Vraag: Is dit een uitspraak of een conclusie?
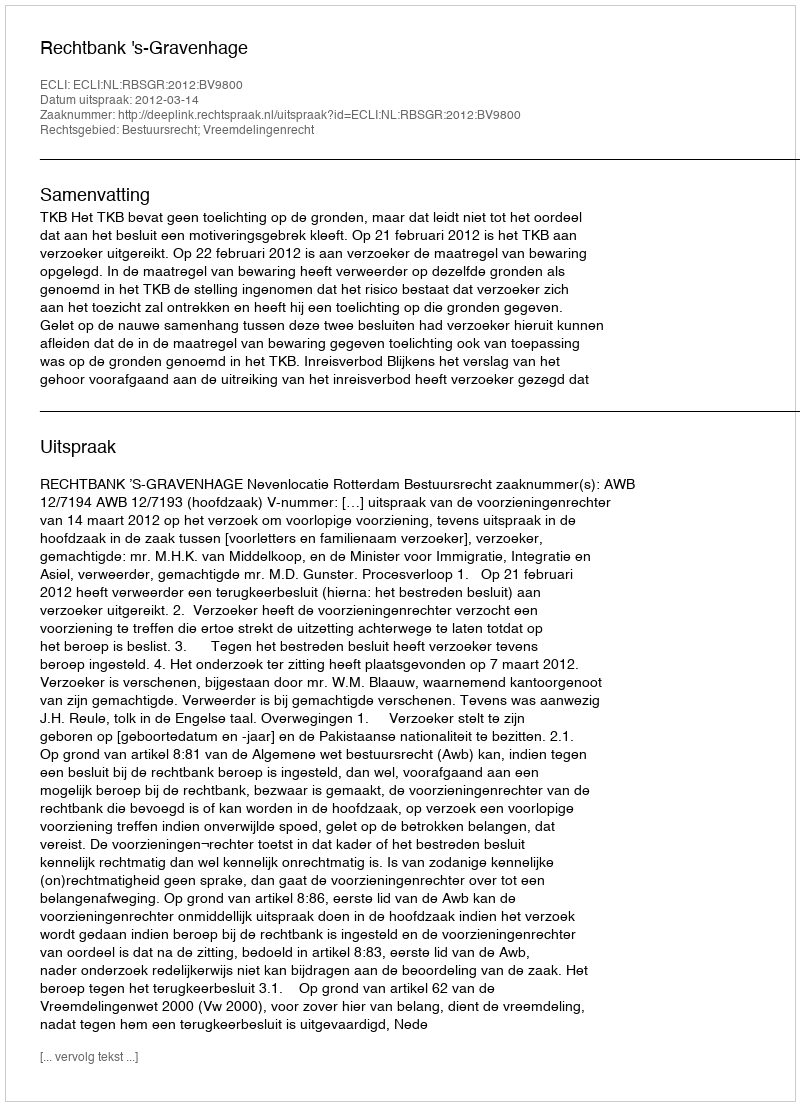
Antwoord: Uitspraak